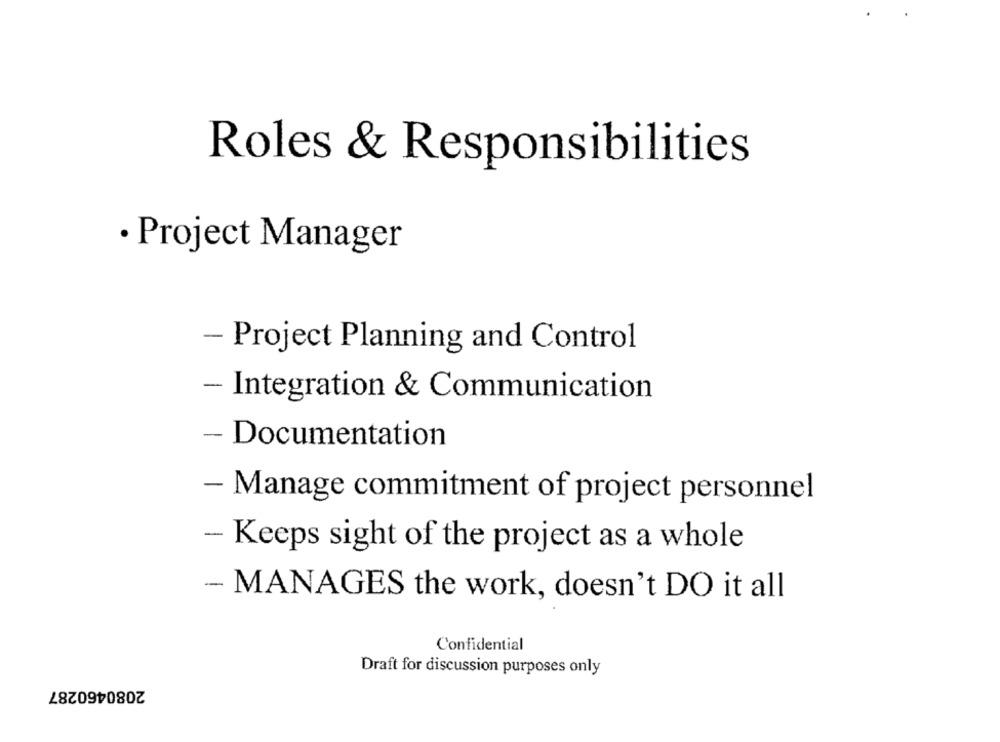
Roles & Responsibilities
· Project Manager
- Project Planning and Control
- Integration & Communication
- Documentation
- Manage commitment of project personnel
- Keeps sight of the project as a whole
- MANAGES the work, doesn't DO it all
Confidential
Draft for discussion purposes only
2080460287